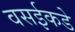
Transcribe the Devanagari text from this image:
वसईकडे